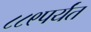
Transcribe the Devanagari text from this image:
८८९पर्यंत